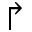
\Rsh